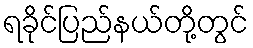
ရခိုင်ပြည်နယ်တို့တွင်